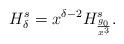
LaTeX: \begin{align*} H^s_\delta = x^{\delta-2} H^s_{\frac{g_0}{x^3}}.\end{align*}